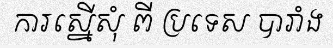
ការស្នើសុំ ពី ប្រទេស បារាំង